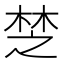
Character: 椘